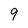
Character: 9